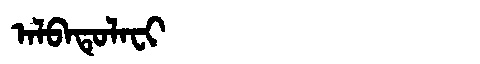
Manchu: ᠠᠯᠪᠠᡨᡠᠯᠠᠸᡳ
Romanization: ALBATULAFI